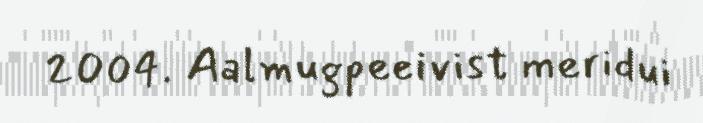
2004. Aalmugpeeivist meridui